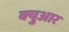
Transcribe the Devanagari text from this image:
क्युआर